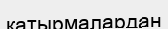
катырмалардан